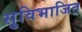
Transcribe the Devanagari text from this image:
सुविभाजित